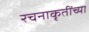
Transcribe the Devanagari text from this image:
रचनाकृतींच्या